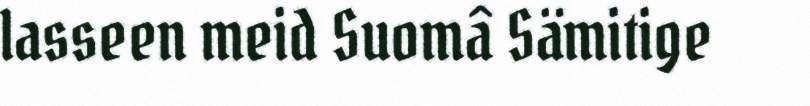
lasseen meid Suomâ Sämitige